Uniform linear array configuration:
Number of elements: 8
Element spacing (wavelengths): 0.75
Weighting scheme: exponential
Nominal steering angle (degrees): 45
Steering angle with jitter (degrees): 46.592
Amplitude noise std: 0.05
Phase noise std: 0.05

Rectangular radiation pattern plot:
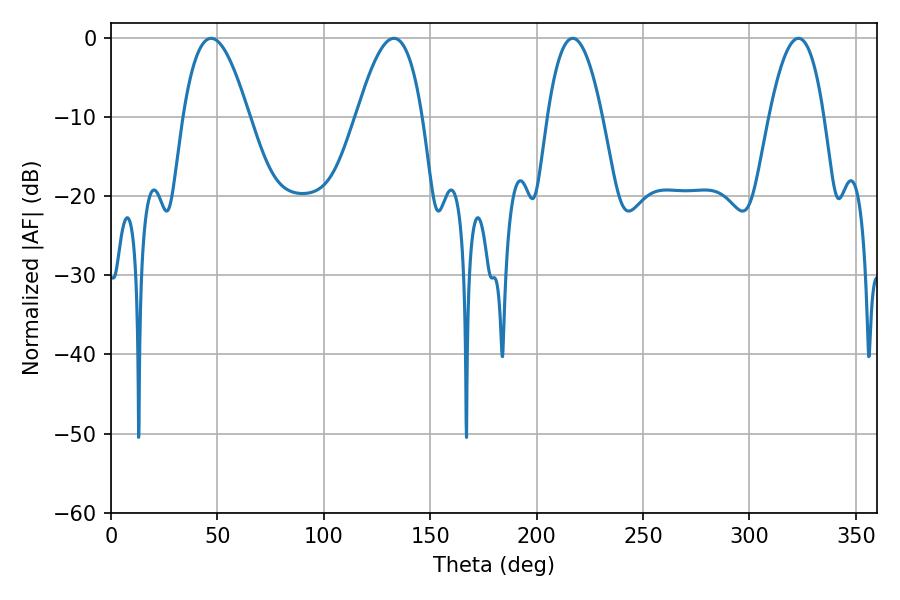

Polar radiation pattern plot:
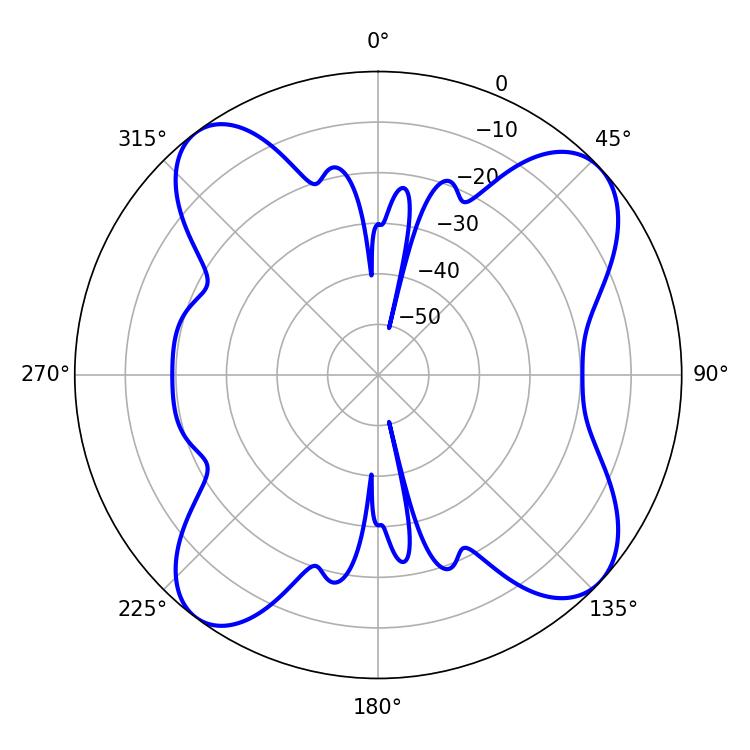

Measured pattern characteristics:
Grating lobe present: TRUE
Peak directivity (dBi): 11.222
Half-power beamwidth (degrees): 14.04
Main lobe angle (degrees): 216.9